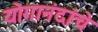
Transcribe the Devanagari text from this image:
योगानंदांचे